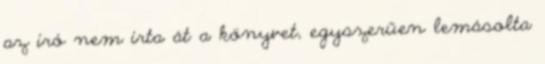
az író nem írta át a könyvet, egyszerűen lemásolta